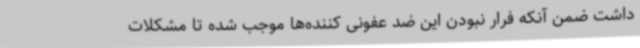
داشت ضمن‌ آنکه فرار نبودن این ضد عفونی‌ کننده‌ها موجب شده تا مشکلات